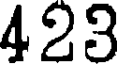
423